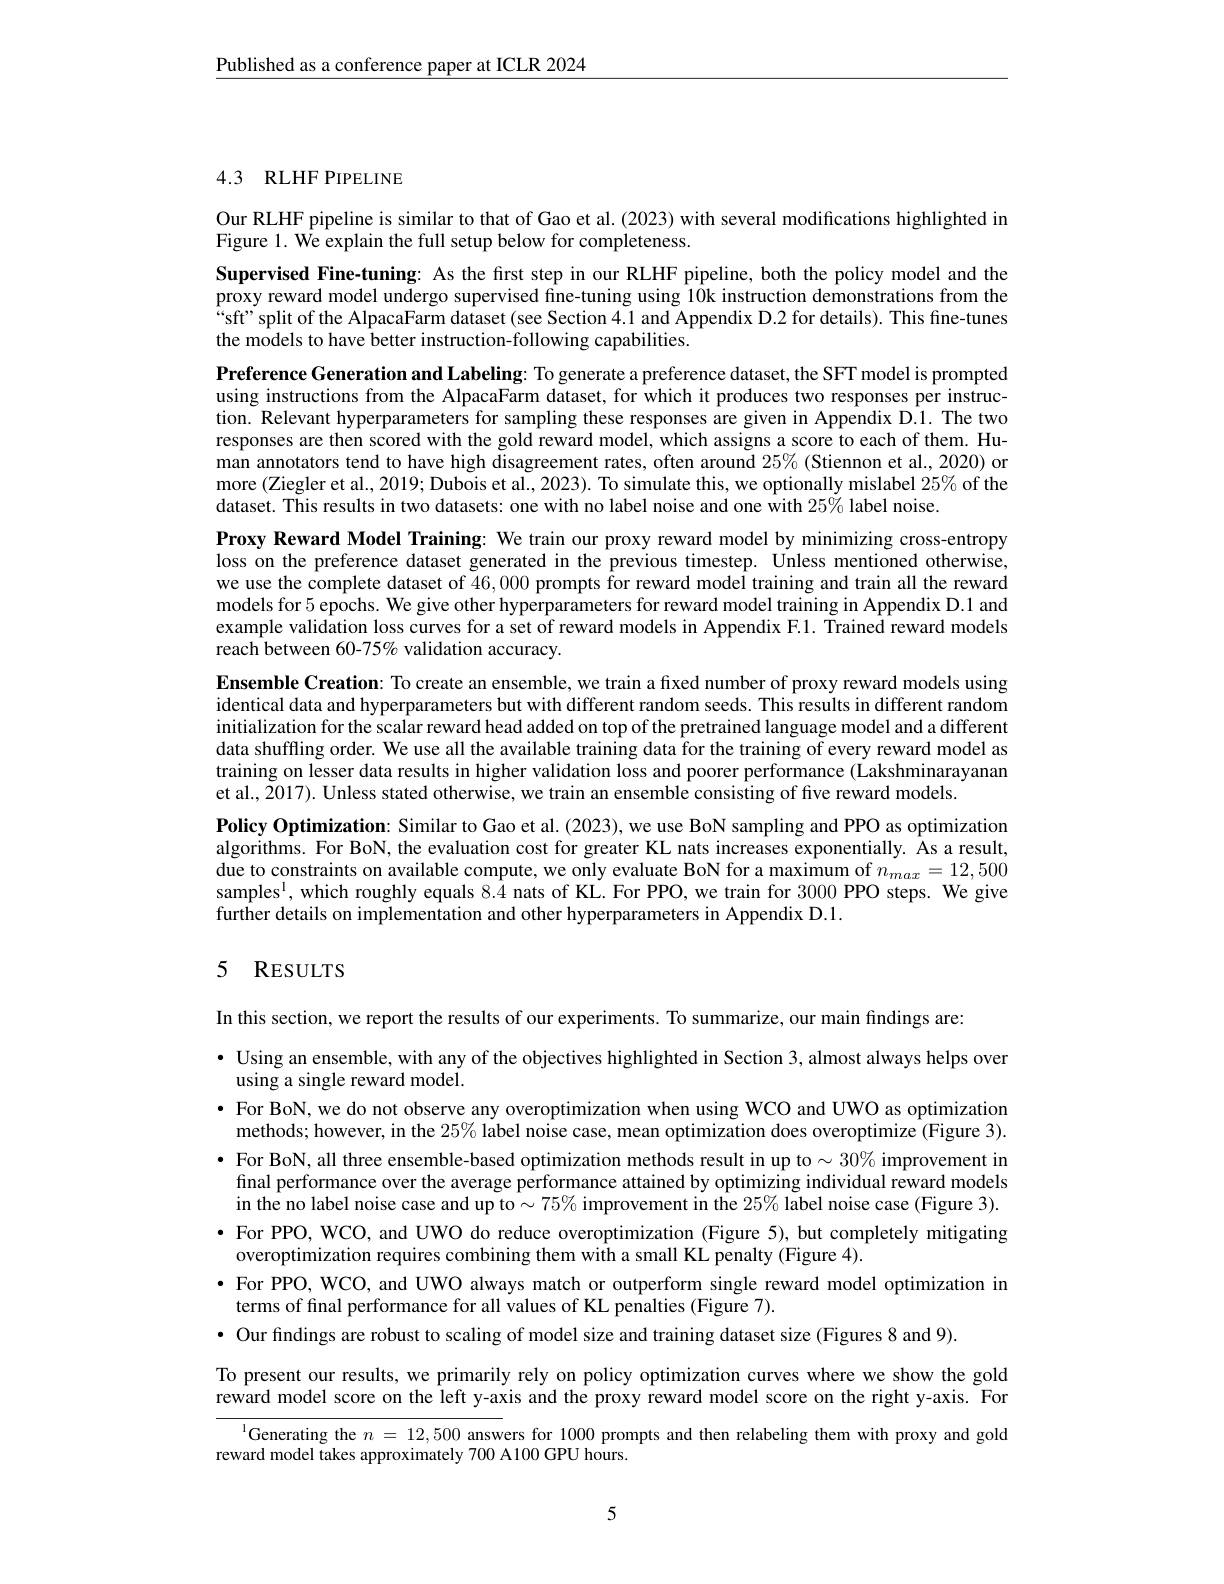
$\underline{\text{Published as a conference paper at ICLR 2024}}$

## 4.3 RLHF PIPELINE

Our RLHF pipeline is similar to that of Gao et al. (2023) with several modifications highlighted in
Figure 1. We explain the full setup below for completeness.

Supervised Fine-tuning: As the first step in our RLHF pipeline, both the policy model and the proxy reward model undergo supervised fine-tuning using 10k instruction demonstrations from the $“$sff’split of the AlpacaFarm dataset (see Section 4.1 and Appendix D.2 for details). This fine-tunes the models to have better instruction-following capabilities.
Preference Generation and Labeling: To generate a preference dataset, the SFT model is prompted using instructions from the AlpacaFarm dataset, for which it produces two responses per instruction. Relevant hyperparameters for sampling these responses are given in Appendix D.1. The two responses are then scored with the gold reward model, which assigns a score to each of them. Human annotators tend to have high disagreement rates, often around $25\%$ (Stiennon et al., 2020) or more (Ziegler et al., 2019; Dubois et al., 2023). To simulate this, we optionally mislabel $25\%$ of the dataset. This results in two datasets: one with no label noise and one with $25\%$ label noise.
Proxy Reward Model Training: We train our proxy reward model by minimizing cross-entropy loss on the preference dataset generated in the previous timestep. Unless mentioned otherwise, we use the complete dataset of 46,000 prompts for reward model training and train all the reward models for 5 epochs. We give other hyperparameters for reward model training in Appendix D.1 and example validation loss curves for a set of reward models in Appendix F.1. Trained reward models reach between 60-75% validation accuracy.
Ensemble Creation: To create an ensemble, we train a fixed number of proxy reward models using identical data and hyperparameters but with different random seeds. This results in different random initialization for the scalar reward head added on top of the pretrained language model and a different data shuffling order. We use all the available training data for the training of every reward model as training on lesser data results in higher validation loss and poorer performance (Lakshminarayanan et al., $\tilde{2}017).$ Unless stated otherwise, we train an ensemble consisting of five reward models
Policy Optimization: Similar to Gao et al. (2023), we use BoN sampling and PPO as optimization algorithms. For BoN, the evaluation cost for greater KL nats increases exponentially. As a result, due to constraints on available compute, we only evaluate BoN for a maximum of $n_{max}=12,500$ samples$^1$,which roughly equals 8.4 nats of KL. For PPO, we train for 3000 PPO steps. We give further details on implementation and other hyperparameters in Appendix D.1.

# 5 RESULTS

In this section, we report the results of our experiments. To summarize, our main findings are

$\bullet$ Using an ensemble, with any of the objectives highlighted in Section 3, almost always helps over

using a single reward model.
$\bullet$ For BoN, we do not observe any overoptimization when using WCO and UWO as optimization
methods; however, in the $25\%$ label noise case, mean optimization does overoptimize (Figure 3). $\bullet$ For BoN, all three ensemble-based optimization methods result in up to $\sim30\%$ improvement in
final performance over the average performance attained by optimizing individual reward models in the no label noise case and up to$\sim75\%$ improvement in the $25\%$ label noise case (Figure 3).
$\bullet$ For PPO, WCO, and UWO do reduce overoptimization (Figure 5), but completely mitigating
overoptimization requires combining them with a small KL penalty (Figure 4).
· For PPO, WCO, and UWO always match or outperform single reward model optimization in
terms of final performance for all $\dot{\text{values of KL penalties (Figure 7)}}.$
· Our findings are robust to scaling of model size and training dataset size (Figures 8 and 9).

To present our results, we primarily rely on policy optimization curves where we show the gold reward model score on the left y-axis and the proxy reward model score on the right y-axis. For

$^{\mathrm{l}}$Generating the $n=12,500$ answers for 1000 prompts and then relabeling them with proxy and gold

reward model takes approximately 700 A100 GPU hours.

5